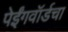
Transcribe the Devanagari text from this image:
पेईंगवॉर्डचा